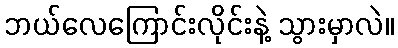
ဘယ်လေကြောင်းလိုင်းနဲ့ သွားမှာလဲ။